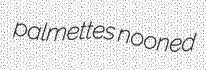
palmettes nooned